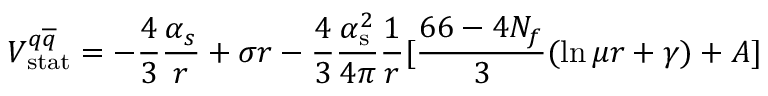
V _ { \mathrm { s t a t } } ^ { q \overline { { { q } } } } = - \frac { 4 } { 3 } \frac { { \alpha } _ { s } } { r } + \sigma r - { \frac { 4 } { 3 } } { \frac { \alpha _ { \mathrm { s } } ^ { 2 } } { 4 \pi } } { \frac { 1 } { r } } [ { \frac { 6 6 - 4 N _ { f } } { 3 } } ( \ln \mu r + \gamma ) + A ]